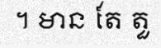
។ មាន តែ តួ